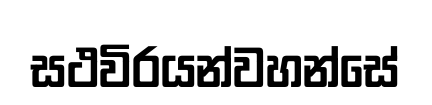
සථවිරයන්වහන්සේ